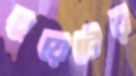
চুয়েটের